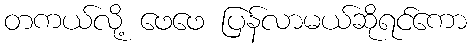
တကယ်လို့ ဖေဖေ ပြန်လာမယ်ဆိုရင်ကော